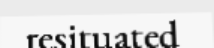
resituated